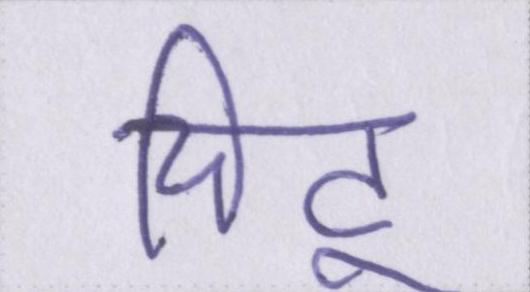
चिंटू